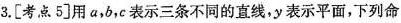
3.[考点5]用a，b，c表示三条不同的直线，y表示平面，下列命